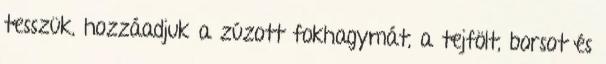
tesszük, hozzáadjuk a zúzott fokhagymát, a tejfölt, borsot és